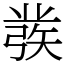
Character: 彂